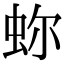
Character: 𧉰